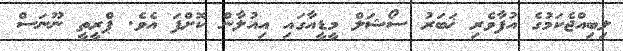
ލިބިއްޖެކަމުގެ އުފާވެރި ޚަބަރު ސޯޝަލް މީޑީއާގައި އިއުލާން ކޮށްފަ އެވެ. ޕްރީތީ ނޫނަސް